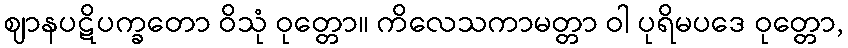
ဈာနပဋိပက္ခတော ဝိသုံ ဝုတ္တော။ ကိလေသကာမတ္တာ ဝါ ပုရိမပဒေ ဝုတ္တော,